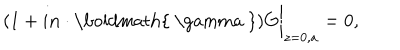
( 1 + i { \bf n } \cdot \mathrm { \boldmath { ~ \ g a m m a ~ } } ) G \bigg | _ { z = 0 , a } = 0 ,